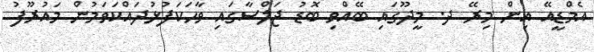
އެމްޑީއޭ އިން މިރޭ ދ. މީދޫގައި ބޭއްވި ބޮޑު ޖަލްސާގައި ވާހަކަފުޅުދައްކަވަމުން މައުރޫފު